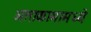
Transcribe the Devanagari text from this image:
अताकामामध्ये